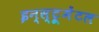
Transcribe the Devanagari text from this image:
इन्स्ट्रूमेंटल